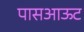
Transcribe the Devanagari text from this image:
पासआऊट